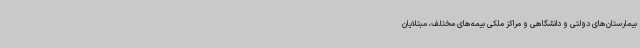
بیمارستان‌های دولتی و دانشگاهی و مراکز ملکی بیمه‌های مختلف،‌ مبتلایان